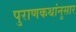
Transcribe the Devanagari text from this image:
पुराणकथांनुसार